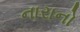
નારાનો